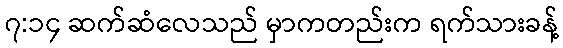
၇:၁၄ ဆက်ဆံလေသည် မှာကတည်းက ရက်သားခန့်